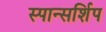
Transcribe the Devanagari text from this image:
स्पान्सर्शिप